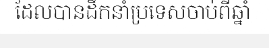
ដែលបានដឹកនាំប្រទេសចាប់ពីឆ្នាំ